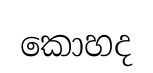
කොහද